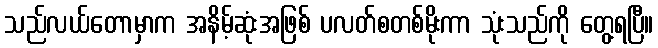
သည်လယ်တောမှာက အနိမ့်ဆုံးအဖြစ် ပလတ်စတစ်မိုးကာ သုံးသည်ကို တွေ့ရပြီ။